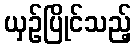
ယှဉ်ပြိုင်သည့်